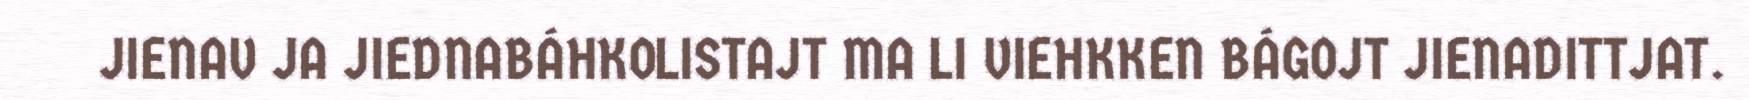
JIENAV JA JIEDNABÁHKOLISTAJT MA LI VIEHKKEN BÁGOJT JIENADITTJAT.